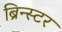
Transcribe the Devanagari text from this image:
ब्रिन्स्टर